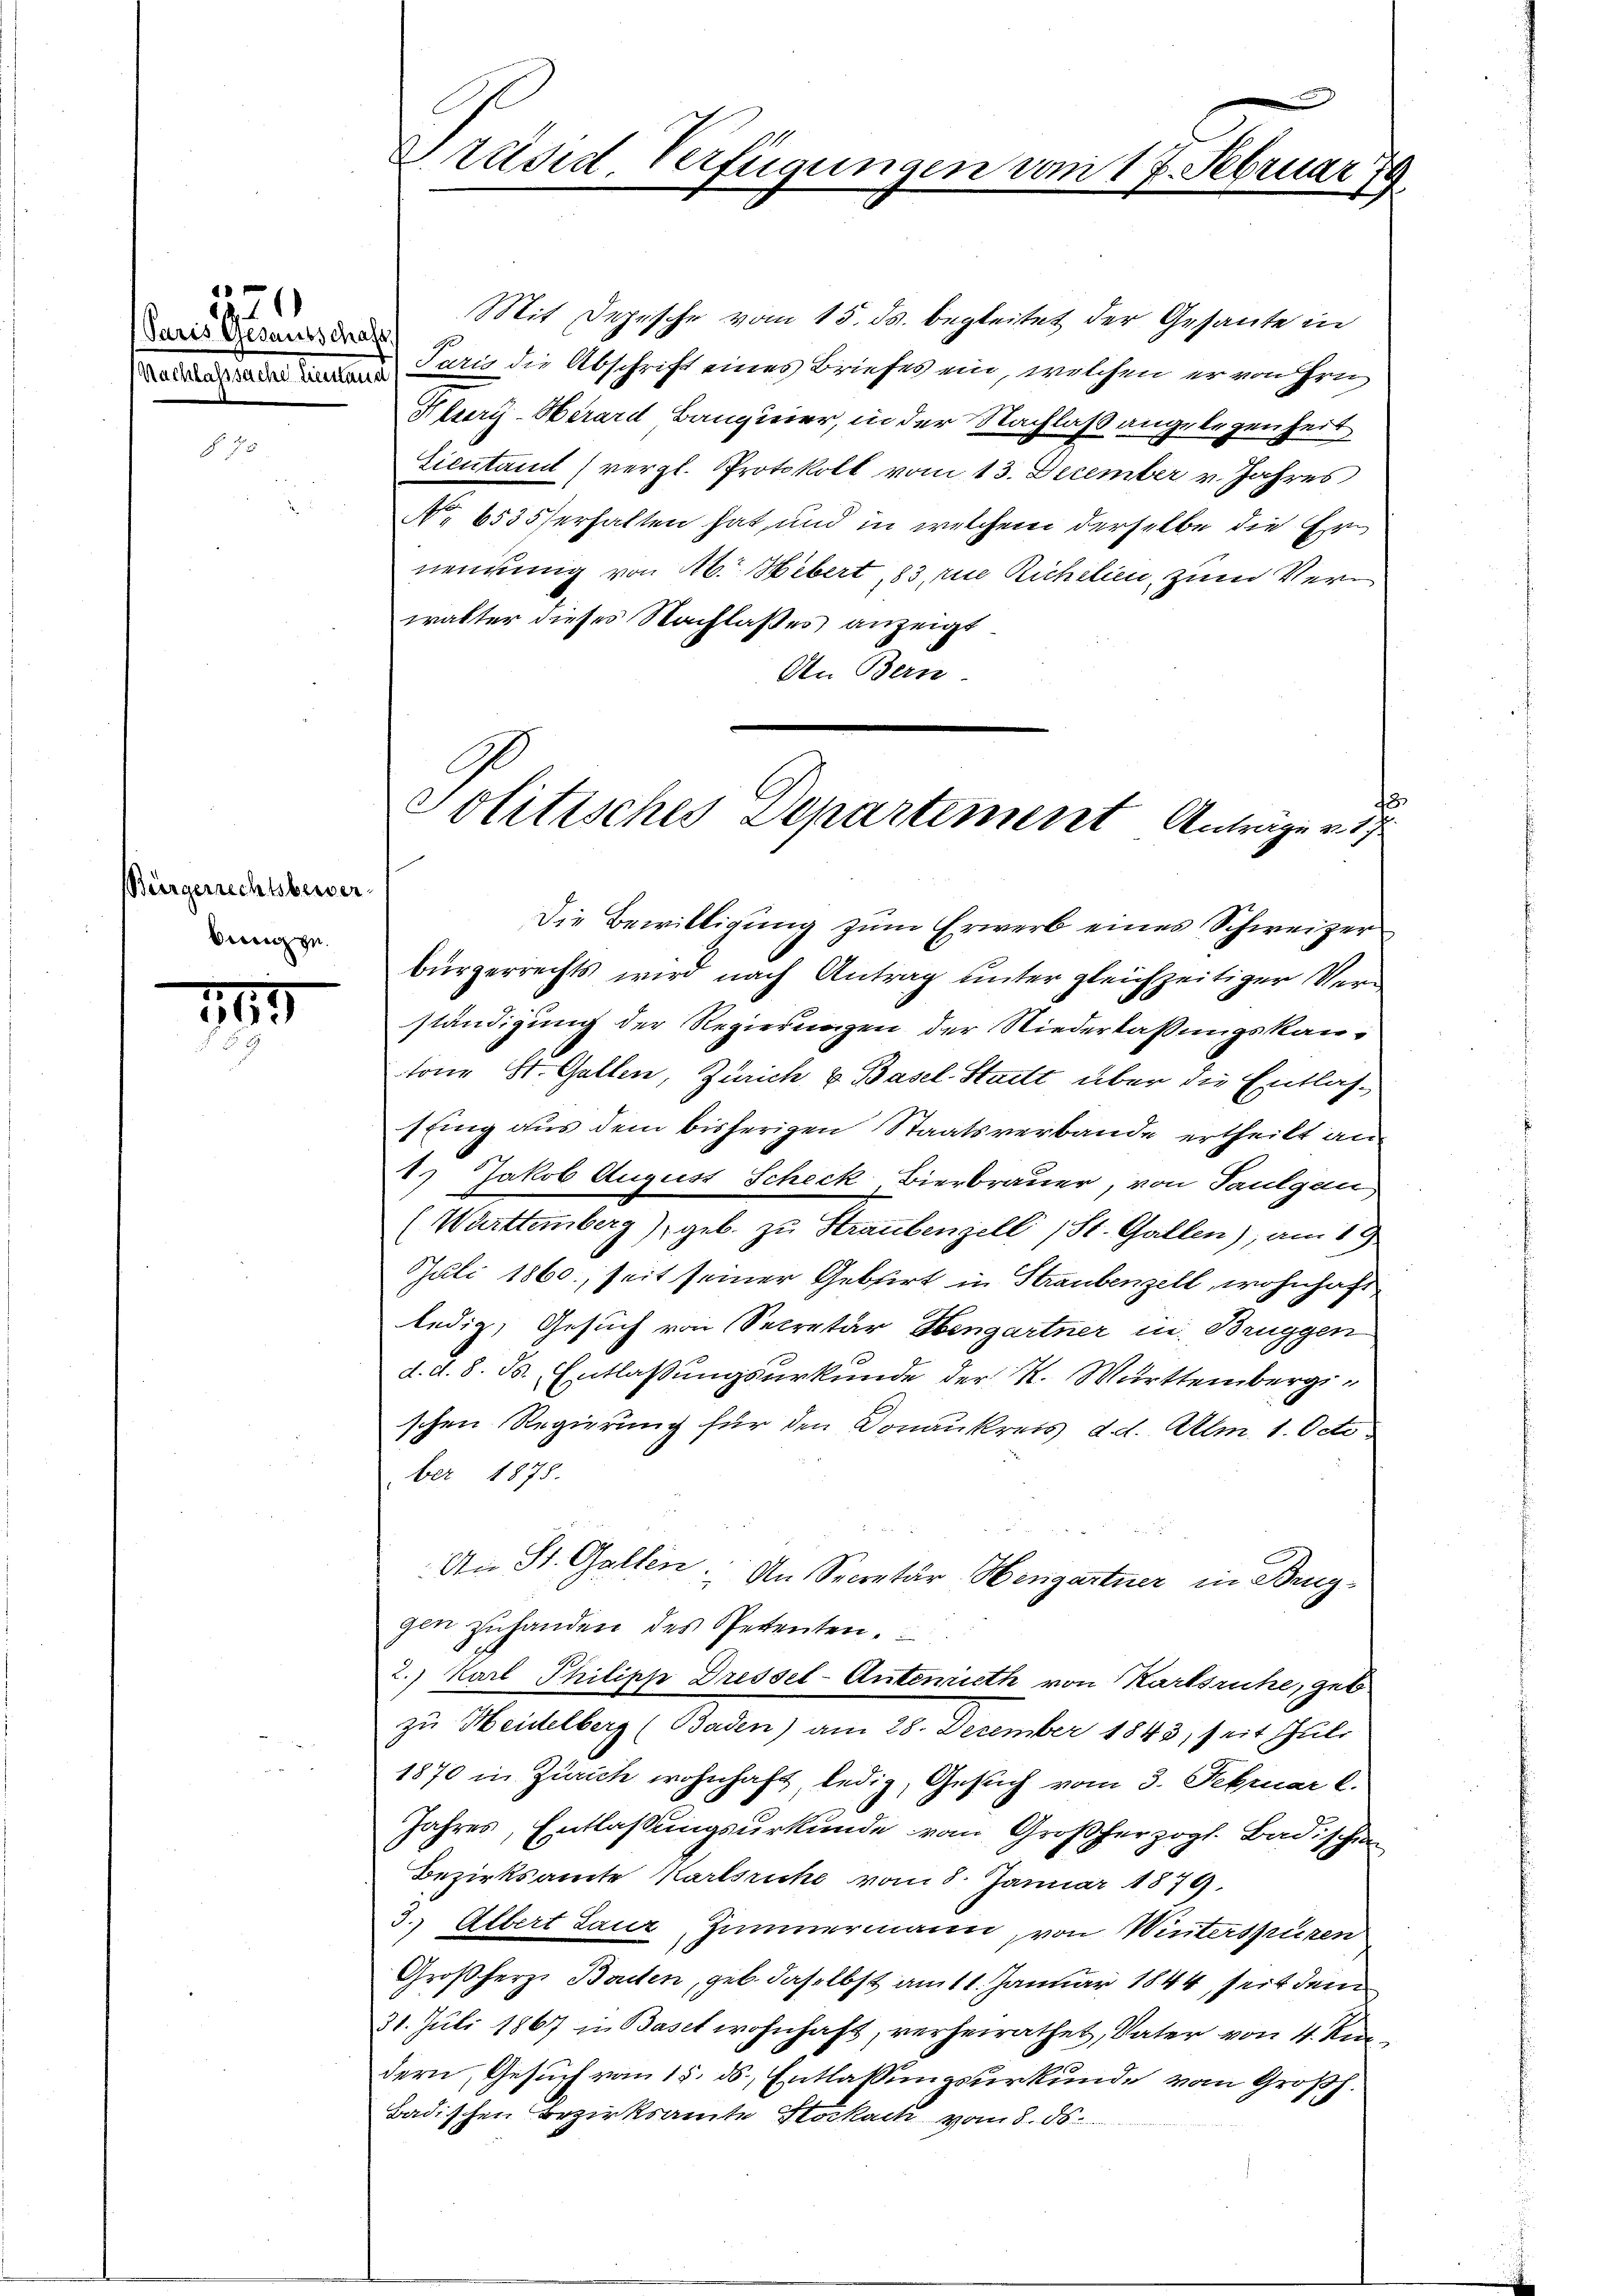
(Paris Gesandschaft

1224

Bürgerrechtsbewerbung zu.

149

Mit Depesche vom 15. ds. begleitet der Gesante in
neren Juris die Abschrift eines Briefes ein, welchen er von Hrn
Klery-Aerard Banquier, in der Nachlaß angelegenheit
Eientant (vergl. Protokoll vom 13. December v. Jahres
No. 6535 erhalten hat und in welchem derselbe die Ernennung von 16. Hebert, 83 die Richilen, zum Verwalter dieses Nachlasses anzeigt
An Bern
f
bürgerrechts wird nach Antrag unter gleichzeitiger Verständigung der Regierungen der Niederlassungskantone St. Gallen, Zürich u. Basel-Stadt aber die Entlas¬
1fing aus dem bisherigen Staatsverbande ertheilt an
1) Jakob August Scheck, Bierbrauer, von Paulgan
(Warttemberg), geb. zu Straubenzell (St. Gallen), am 19.
Juli 1860, seit seiner Geburt in Straubenzell, wohnhaft
ledig, Gesuch von Secretär Hengartner in Bruggen
d. d. 8. ds. Entlassungsurkunde der K. Württembergischen Regierung für den Donaukreis d. d. Allm. 1. Octo
ber 1875.
An St. Gallen. An Secretär Hengartner in Bruggen zuhanden des Petenten
2.) Karl Philipp Dressel-Antenrieth von Karlsruhe, geb
zu Heidelberg (Baden) am 28. December 1843, seit Gele
1870 in Zürich wohnhaft, ledig, Gesuch vom 3. Februar l.
Jahres, Entlaßungsurkunde vom Großherzogl. Badischen
Bezirksamte Karlsriche vom 8. Januar 1879.
3. Albert Laur, Zimmermann, von Winterspüren
Großherze Bauten, geb. daselbst am 1. Januar 1844, seit dem
31. Juli 1867 in Baset wohnhaft, verheirathet, Vater von 4 Kindern, Gesuch von 15. ds. Entlassungsurkunde vom Großh.
Badischen Bezirksamte Stockach vom 8. 16.

Präsid. Verfügungen vom 17. Februar 79

Politisches Departement Anträge v. 17
Die Bewilligung zum Erwerb eines Schweizer